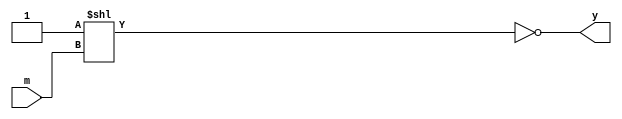
`timescale 1ns / 1ps
//////////////////////////////////////////////////////////////////////////////////
// Company: 
// Engineer: 
// 
// Design Name: 
// Module Name:    three_eight 
// Project Name: 
// Target Devices: 
// Tool versions: 
// Description: 
//
// Dependencies: 
//
// Revision: 
// Revision 0.01 - File Created
// Additional Comments: 
//
//////////////////////////////////////////////////////////////////////////////////
module three_eight(m, y
    );
	 input wire[2:0] m;
	 output reg[7:0] y;
	 reg move;
	 always @(*)
		begin
			move = 1;
			y = ~(move << m);
		end
endmodule